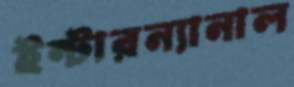
ইন্টারন্যানাল